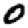
Digit: 0